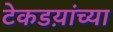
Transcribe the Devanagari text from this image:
टेकडय़ांच्या